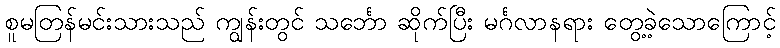
စူမတြန်မင်းသားသည် ကျွန်းတွင် သင်္ဘော ဆိုက်ပြီး မင်္ဂလာနရား တွေ့ခဲ့သောကြောင့်